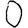
Digit: 0